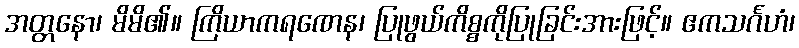
အတ္တနော၊ မိမိ၏။ ကြိယာကရဏေန၊ ပြုဖွယ်ကိစ္စကိုပြုခြင်းအားဖြင့်။ ဧကသင်္ဂဟံ၊